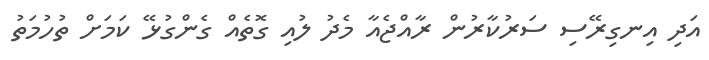
އަދި އިނގިރޭސި ސަރުކާރުން ރާއްޖެއާ މެދު ލުއި ގޮތެއް ގެންގުޅޭ ކަމަށް ތުހުމަތު